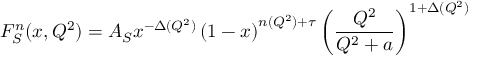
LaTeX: F _ { S } ^ { n } ( x , Q ^ { 2 } ) = A _ { S } x ^ { - \Delta ( Q ^ { 2 } ) } \left( 1 - x \right) ^ { n ( Q ^ { 2 } ) + \tau } \left( \frac { Q ^ { 2 } } { Q ^ { 2 } + a } \right) ^ { 1 + \Delta ( Q ^ { 2 } ) }